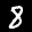
Label: 8